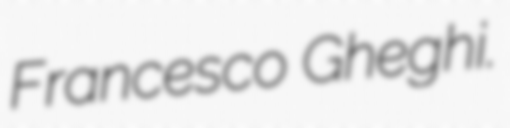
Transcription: Francesco Gheghi.